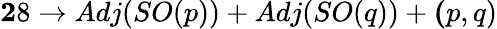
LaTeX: {\mathbf 28}\rightarrow Adj(SO(p))+Adj(SO(q))+{\mathbf(p,q)}